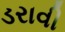
ડરાવી